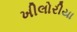
ખીલોરીયા